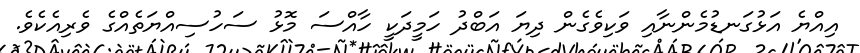
އިއްޔެ އަޅުގަނޑުމެންނާއި ވަކިވެގެން ދިޔަ އަބްދު ހަމީދަކީ ހާއްސަ މޮޅު ސަހުސިއްޔަތެއްގެ ވެރިއެކެވެ.